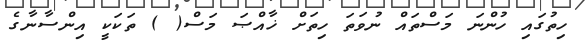
ހިތުގައި ހުންނަ މަސްތައް ނުވަތަ ހިތަށް ޚާއްޞަ މަސް( ) ތަކަކީ އިންސާނާގެ